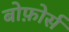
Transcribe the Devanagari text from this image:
बोफ़ोर्स